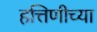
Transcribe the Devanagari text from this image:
हत्तिणीच्या